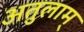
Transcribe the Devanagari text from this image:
अतुलाम्